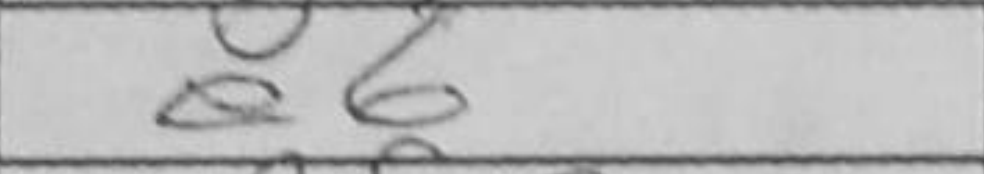
Transcription: e6